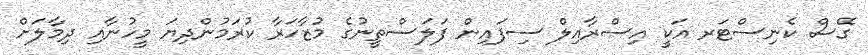
ގޭސް ކެނިސްޓަރ އަކީ އިސްރާއިލް ސިފައިން ފަލަސްތީނުގެ މުޒާހަރާ ކުރަމުންދިޔަ މީހުނާއި ދިމާލަށް